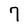
Character: 7